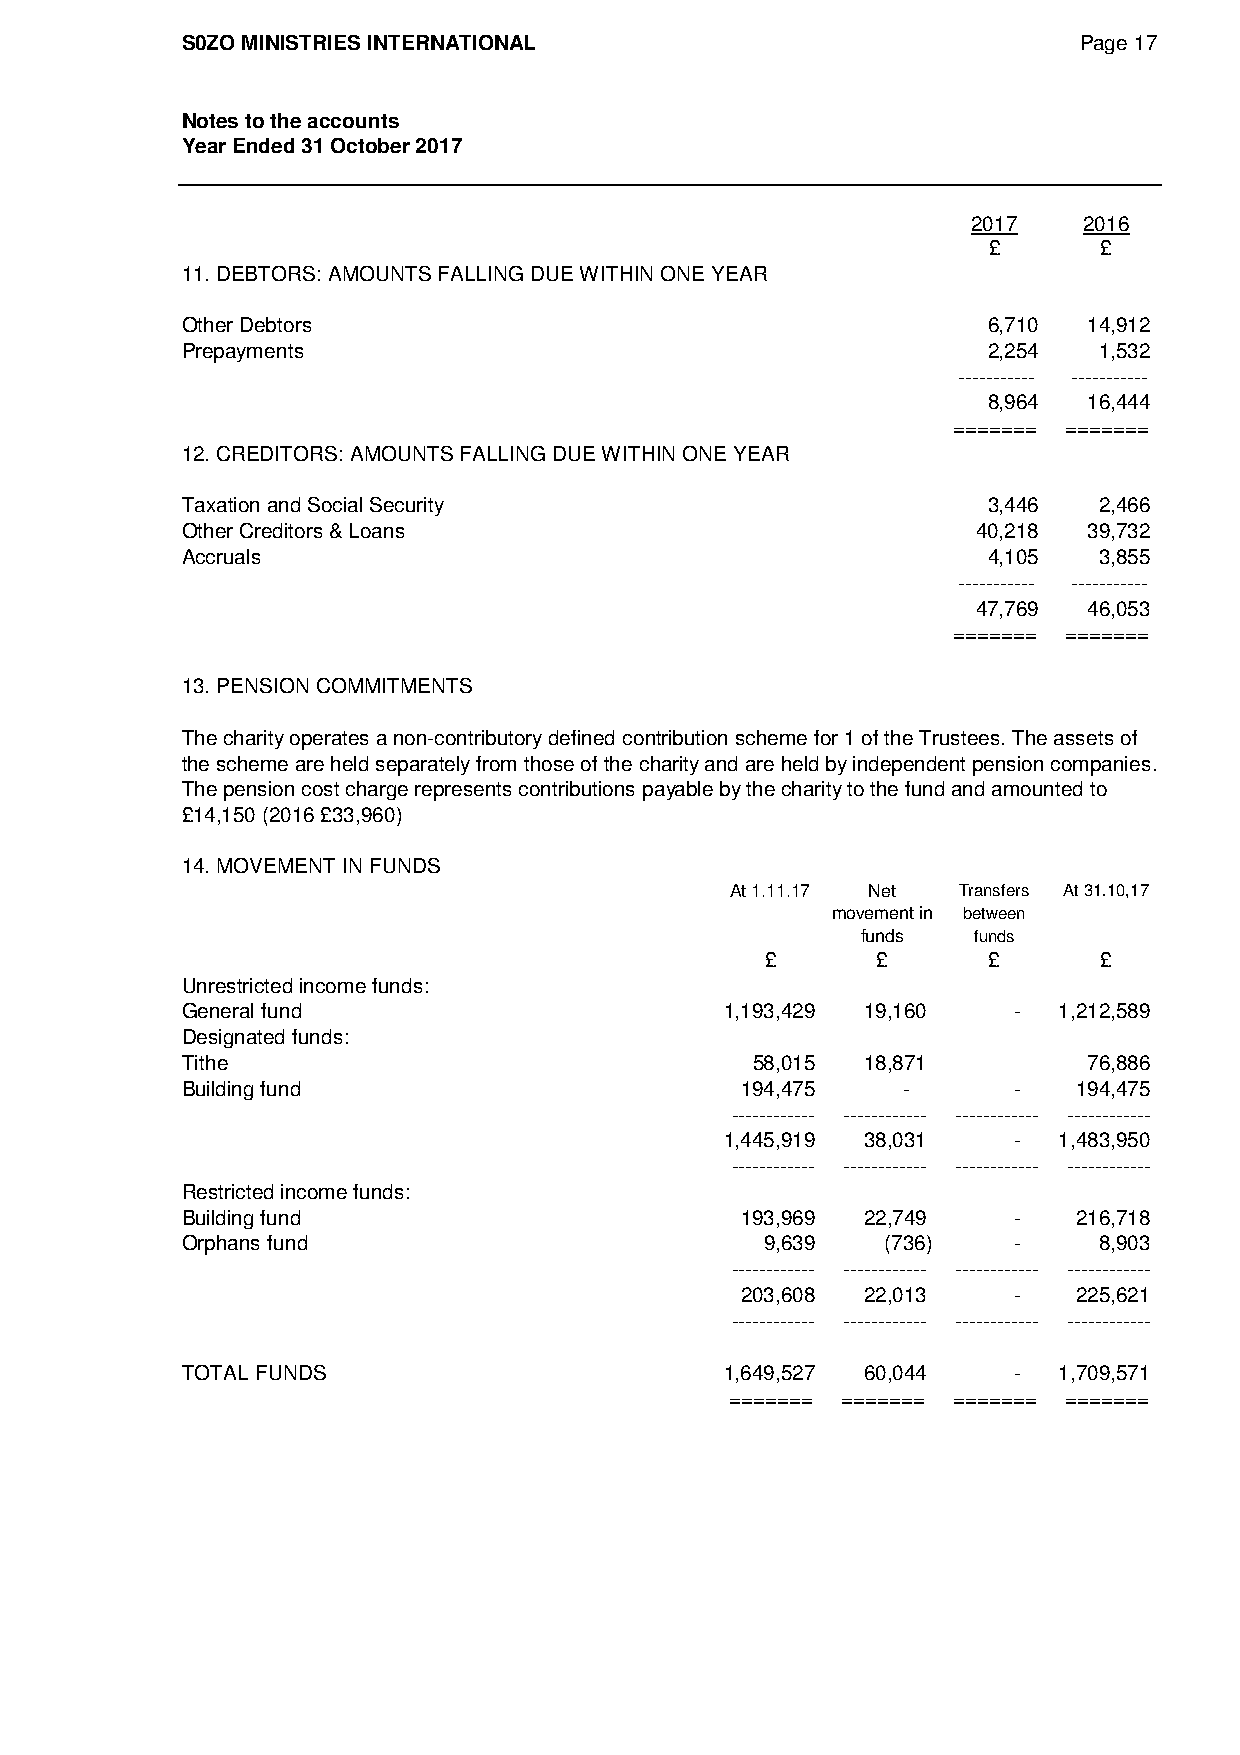
S0ZO MINISTRIES INTERNATIONAL                              Page 17
 Notes to the accounts
 Year Ended 31 October 2017
 2017    2016
 £       £
 11. DEBTORS: AMOUNTS FALLING DUE WITHIN ONE YEAR
 Other Debtors                                        6,710  14,912
 Prepayments                                          2,254   1,532
 ----------- -----------
 8,964  16,444
 ======= =======
 12. CREDITORS: AMOUNTS FALLING DUE WITHIN ONE YEAR
 Taxation and Social Security                         3,446   2,466
 Other Creditors & Loans                              40,218 39,732
 Accruals                                             4,105   3,855
 ----------- -----------
 47,769 46,053
 ======= =======
 13. PENSION COMMITMENTS
 The charity operates a non-contributory defined contribution scheme for 1 of the Trustees. The assets of
 the scheme are held separately from those of the charity and are held by independent pension companies.
 The pension cost charge represents contributions payable by the charity to the fund and amounted to
 £14,150 (2016 £33,960)
 14. MOVEMENT IN FUNDS
 At 1.11.17 Net Transfers At 31.10,17
 movement in between
 funds  funds
 £      £      £       £
 Unrestricted income funds:
 General fund                        1,193,429 19,160   -  1,212,589
 Designated funds:
 Tithe                                 58,015 18,871         76,886
 Building fund                        194,475    -      -   194,475
 ------------ ------------ ------------ ------------
 1,445,919 38,031   -  1,483,950
 ------------ ------------ ------------ ------------
 Restricted income funds:
 Building fund                        193,969 22,749    -   216,718
 Orphans fund                           9,639   (736)   -     8,903
 ------------ ------------ ------------ ------------
 203,608 22,013    -   225,621
 ------------ ------------ ------------ ------------
 TOTAL FUNDS                         1,649,527 60,044   -  1,709,571
 ======= ======= ======= =======